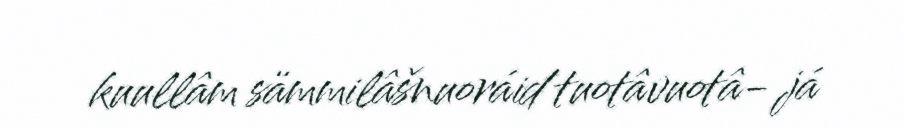
kuullâm sämmilâšnuoráid tuotâvuotâ- já